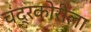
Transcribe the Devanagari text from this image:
चंद्रकोरीला